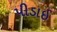
પીડાઈ